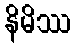
နိမိဿ